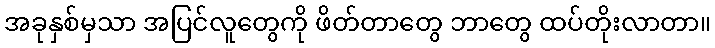
အခုနှစ်မှသာ အပြင်လူတွေကို ဖိတ်တာတွေ ဘာတွေ ထပ်တိုးလာတာ။